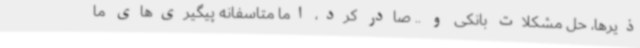
ذیرها، حل مشکلات بانکی و .. صادر کرد، اما متاسفانه پیگیری‌های ما